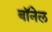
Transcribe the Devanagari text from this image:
बॉनेल